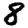
Digit: 8